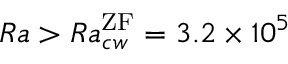
R a > R a _ { c w } ^ { \mathrm { \tiny { Z F } } } = 3 . 2 \times 1 0 ^ { 5 }